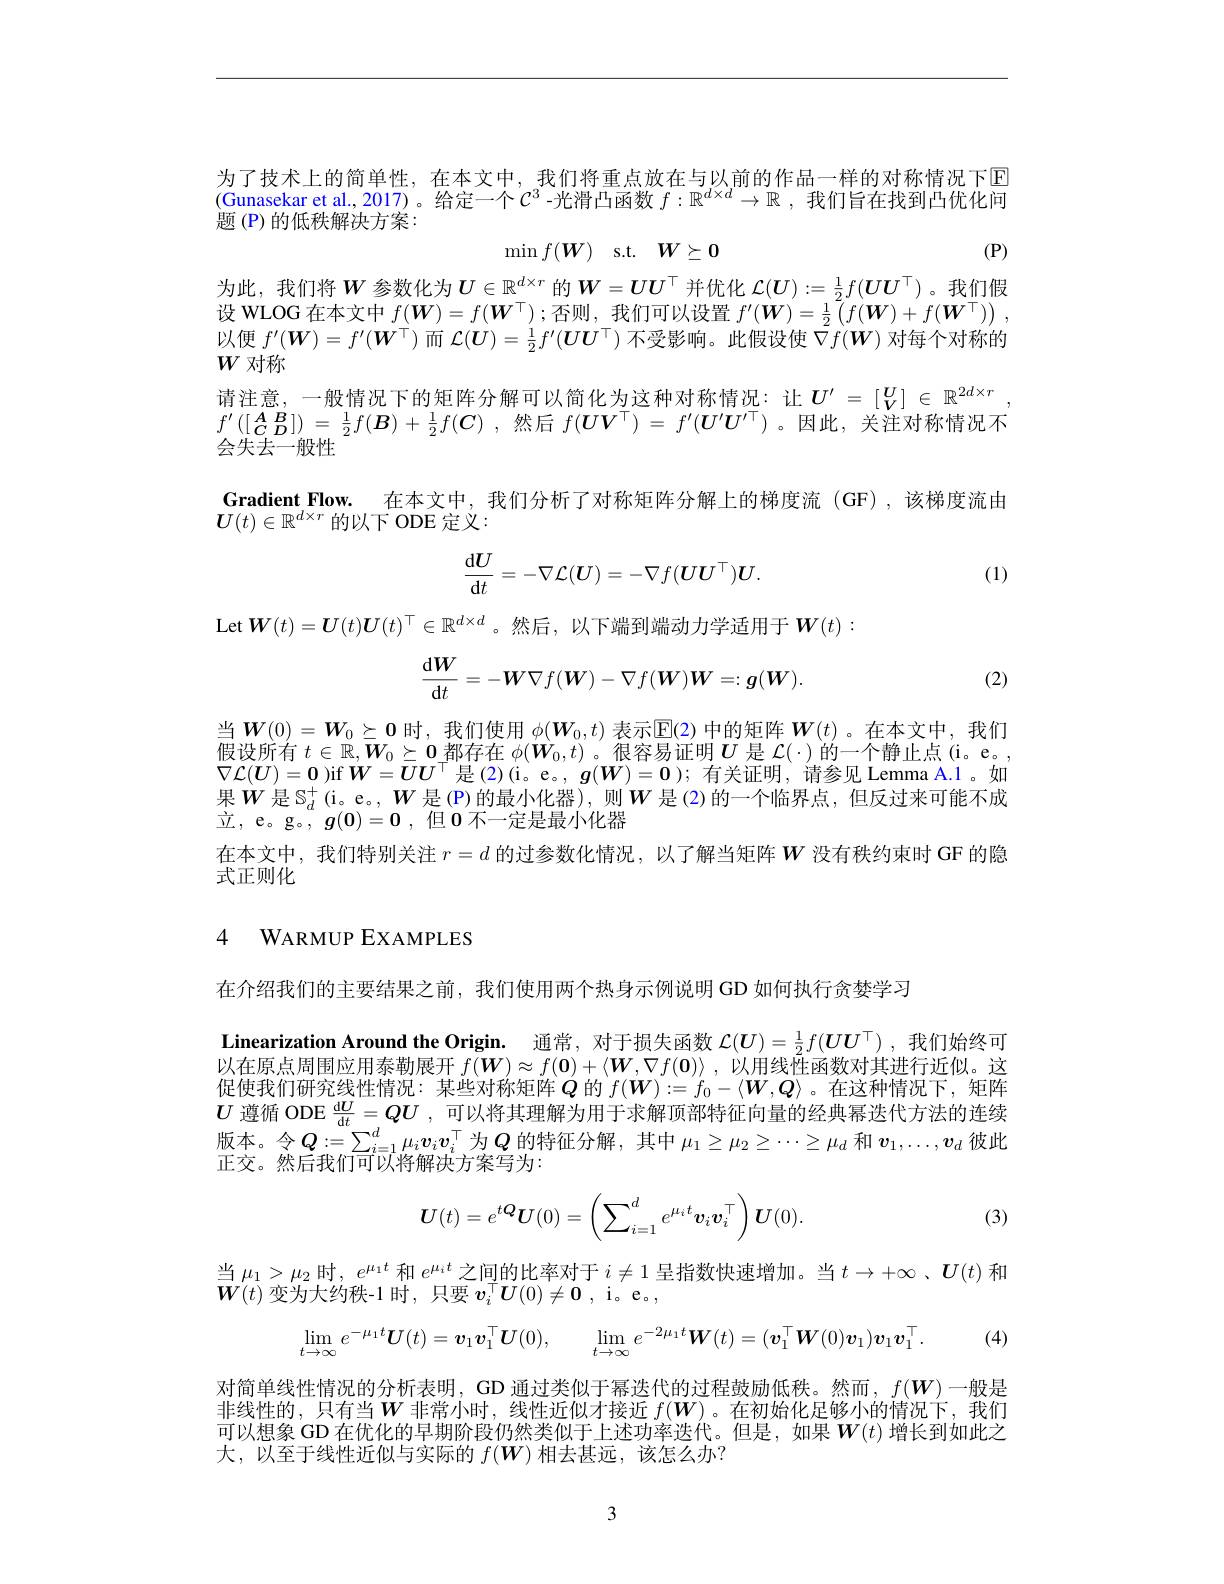
为了技术上的简单性，在本文中，我们将重点放在与以前的作品一样的对称情况下区(Gunasekar et al.2017)。给定一个$C^3$ -光滑凸函数$f:\mathbb{R}^d\times d\to\mathbb{R}$ ,我们旨在找到凸优化问题(P)的低秩解决方案：

$\operatorname* { min} f( \boldsymbol{W})$ s.t. $\boldsymbol{W}\succeq 0$

(P)

为此，我们将$\boldsymbol{W}$ 参数化为$\boldsymbol{U}\in\mathbb{R}^d\times r$ 的$\boldsymbol{W}=\boldsymbol{U}\boldsymbol{U}^\top$ 并优化 $\mathcal{L}(\boldsymbol{U}):=\frac12f(\boldsymbol{U}\boldsymbol{U}^\top)$。我们假设 WLOG 在本文中 $f(\boldsymbol{W})=f(\boldsymbol{W}^\top);$否则，我们可以设置 $f^\prime(\boldsymbol{W})=\frac12\left(f(\boldsymbol{W})+f(\boldsymbol{W}^\top)\right)$, 以便$f^\prime(\boldsymbol{W})=f^{\prime}(\boldsymbol{W}^\top)$而$\mathcal{L}(\boldsymbol{U})=\frac12f^{\prime}(\boldsymbol{U}\boldsymbol{U}^\top)$不受影响。此假设使$\bar{\nabla f}(\boldsymbol{W})$对每个对称的$W$对称
请注意，一般情况下的矩阵分解可以简化为这种对称情况：让$\boldsymbol{U}^\prime=[_V^{\prime}]\in\mathbb{R}^{2d\times r}$ $f^{\prime}([\boldsymbol{A}_{\boldsymbol{C}}\boldsymbol{B}])=\frac12f(\boldsymbol{B})+\frac12f(\boldsymbol{C})$ ,然后$f(\boldsymbol U\boldsymbol{V}^\top)=f^{\prime}(\boldsymbol{U}^{\prime}\boldsymbol{U}^{\prime\top})$ 。因此，关注对称情况不会失去一般性
Gradient Flow. 在本文中，我们分析了对称矩阵分解上的梯度流(GF),该梯度流由
$\boldsymbol{U}(t)\in\mathbb{R}^{d\times r}$的以下 ODE 定义：
$$\frac{\mathrm{d}\boldsymbol{U}}{\mathrm{d}t}=-\nabla\mathcal{L}(\boldsymbol{U})=-\nabla f(\boldsymbol{U}\boldsymbol{U}^\top)\boldsymbol{U}.$$
(1)

Let$\boldsymbol{W}(t)=\boldsymbol{U}(t)\boldsymbol{U}(t)^\top\in\mathbb{R}^{d\times d}$。然后，以下端到端动力学适用于$\boldsymbol{W}(t):$

(2)
$$\frac{\mathrm{d}\boldsymbol W}{\mathrm{d}t}=-\boldsymbol W\nabla f(\boldsymbol W)-\nabla f(\boldsymbol W)\boldsymbol W=:\boldsymbol g(\boldsymbol W).$$
当$\boldsymbol{W}(0)=\boldsymbol{W}_0\succeq\boldsymbol{0}$时，我们使用$\phi(\boldsymbol{W}_0,t)$表示$\underline{\mathrm{E}}(2)$中的矩阵$\boldsymbol{W}(t)$ 。在本文中，我们$\begin{array}{l}{\text{假设所有 }t\in\mathbb{R},\boldsymbol{W}_0\succeq\boldsymbol{0}\text{ 都存在 }\phi(\boldsymbol{W}_0,t)\text{。很容易证明 }\boldsymbol{U}\text{ 是 }\mathcal{L}(\cdot)\text{ 的一个静止点 (i。e。},}\\{\nabla\mathcal{L}(\boldsymbol{U})=\mathbf{0}\mathrm{~)if~}\boldsymbol{W}=\boldsymbol{U}\boldsymbol{U}^\top\text{是 (2)(i。e。, }\boldsymbol{g}(\boldsymbol{W})=\mathbf{0});\text{ 有关证明，请参见 Lemma A.1 。如}}\end{array}$ 果$W$是$\mathbb{S}_d^+($i。e。,$W$ 是(P)的最小化器),则$W$ 是(2)的一个临界点，但反过来可能不成$\underline {\underline {N}}$, e。g。, $g( \mathbf{0} ) = \mathbf{0}$ , 但$\mathbf{0}$不一定是最小化器
在本文中，我们特别关注$r=d$的过参数化情况，以了解当矩阵$W$没有秩约束时 GF 的隐
式正则化

## 4 WARMUP EXAMPLES

在介绍我们的主要结果之前，我们使用两个热身示例说明 GD 如何执行贪婪学习
Linearization Around the Origin. 通常，对于损失函数$\mathcal{L}(\boldsymbol{U})=\frac12f(\boldsymbol{U}\boldsymbol{U}^\top)$ ,我们始终可以在原点周围应用泰勒展开$f(\boldsymbol{W})\approx f(\mathbf{0})+\langle\boldsymbol{W},\nabla f(\mathbf{0})\rangle$ ,以用线性函数对其进行近似。这促使我们研究线性情况：某些对称矩阵$Q$ 的 $f(\boldsymbol{W}):=f_0-\langle\boldsymbol{W},\boldsymbol{Q}\rangle$ 。在这种情况下，矩阵$U$遵循 ODE $\frac{\mathrm{d}U}{\mathrm{d}t}=QU$ ,可以将其理解为用于求解顶部特征向量的经典幂迭代方法的连续版本。令$Q:=\sum_i=1^d\mu_iv_iv_i^\top$为$Q$ 的特征分解，其中 $\mu_1\geq\mu_2\geq\cdots\geq\mu_d$ 和 $v_1,\ldots,v_d$ 彼此正交。然后我们可以将解决方案写为：
$$\boldsymbol{U}(t)=e^{t\boldsymbol{Q}}\boldsymbol{U}(0)=\left(\sum_{i=1}^de^{\mu_it}\boldsymbol{v}_i\boldsymbol{v}_i^\top\right)\boldsymbol{U}(0).$$
(3)

当$\mu_1>\mu_2$时，$e^{\mu_1t}$和$e^{\mu_it}$之间的比率对于$i\neq1$呈指数快速增加。当$t\to+\infty$、$\boldsymbol{U}(t)$和
$\boldsymbol{W}(t)$变为大约秩-1时，只要$\boldsymbol v_i^\top\boldsymbol{U}(0)\neq\mathbf{0}$,i。e。,
$$\operatorname*{lim}_{t\to\infty}e^{-\mu_{1}t}\boldsymbol{U}(t)=\boldsymbol{v}_{1}\boldsymbol{v}_{1}^{\top}\boldsymbol{U}(0),\quad\operatorname*{lim}_{t\to\infty}e^{-2\mu_{1}t}\boldsymbol{W}(t)=(\boldsymbol{v}_{1}^{\top}\boldsymbol{W}(0)\boldsymbol{v}_{1})\boldsymbol{v}_{1}\boldsymbol{v}_{1}^{\top}.$$
对简单线性情况的分析表明，GD 通过类似于幂迭代的过程鼓励低秩。然而，$f(\boldsymbol{W})$一般是非线性的，只有当$W$ 非常小时，线性近似才接近 $f(\boldsymbol{W})$。在初始化足够小的情况下，我们可以想象 GD 在优化的早期阶段仍然类似于上述功率迭代。但是，如果$W(t)$ 增长到如此之大，以至于线性近似与实际的$f(\boldsymbol{W})$相去甚远，该怎么办？

3